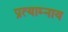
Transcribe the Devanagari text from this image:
प्रत्याम्नाय